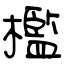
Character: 檻